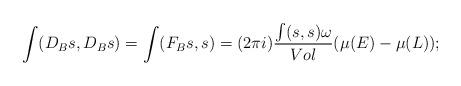
LaTeX: \begin{align*}\int (D_B s, D_B s) = \int (F_B s, s) = (2\pi i)\frac{\int (s, s)\omega }{Vol} (\mu(E)- \mu(L));\end{align*}